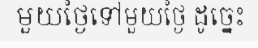
មួយថ្ងៃទៅមួយថ្ងៃ ដូច្នេះ